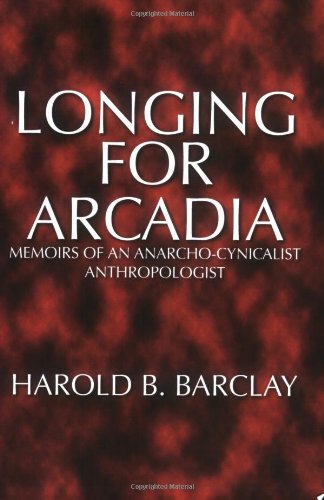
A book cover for Longing for Arcadia: Memoirs of an Anarcho-Cynicalist Anthropologist; Harold B. Barclay; Travel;